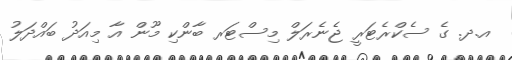
އ.ދ. ގެ ސެކްރެޓަރީ ޖެނެރަލް މިސްޓަރ ބާންކި މޫން އާ މިއަދު ބައްދަލު